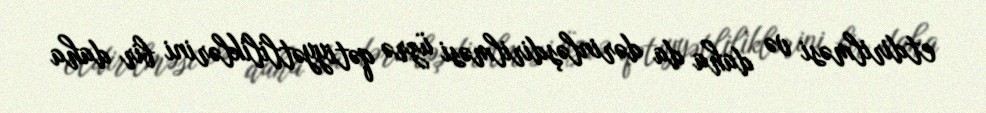
etdirilməsi və daha da dərinləşdirilməsi üzrə qətiyyətliliklərini bir daha